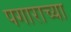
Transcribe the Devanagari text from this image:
पगाराच्या